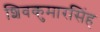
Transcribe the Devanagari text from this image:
शिवकुमारसिंह